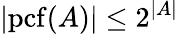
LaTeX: |\mathrm{{pcf}}(A)|\leq 2^{|A|}